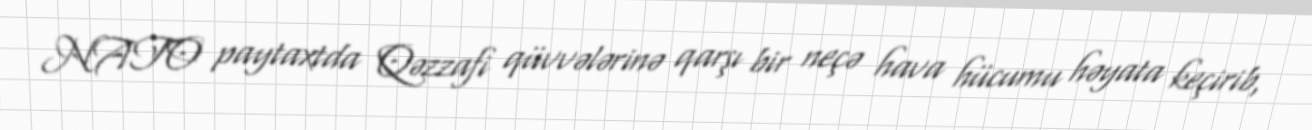
NATO paytaxtda Qəzzafi qüvvələrinə qarşı bir neçə hava hücumu həyata keçirib,